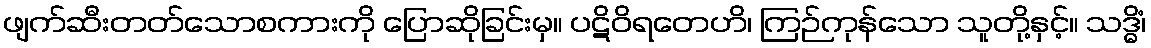
ဖျက်ဆီးတတ်သောစကားကို ပြောဆိုခြင်းမှ။ ပဋိဝိရတေဟိ၊ ကြဉ်ကုန်သော သူတို့နှင့်။ သဒ္ဓိံ၊